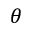
\theta